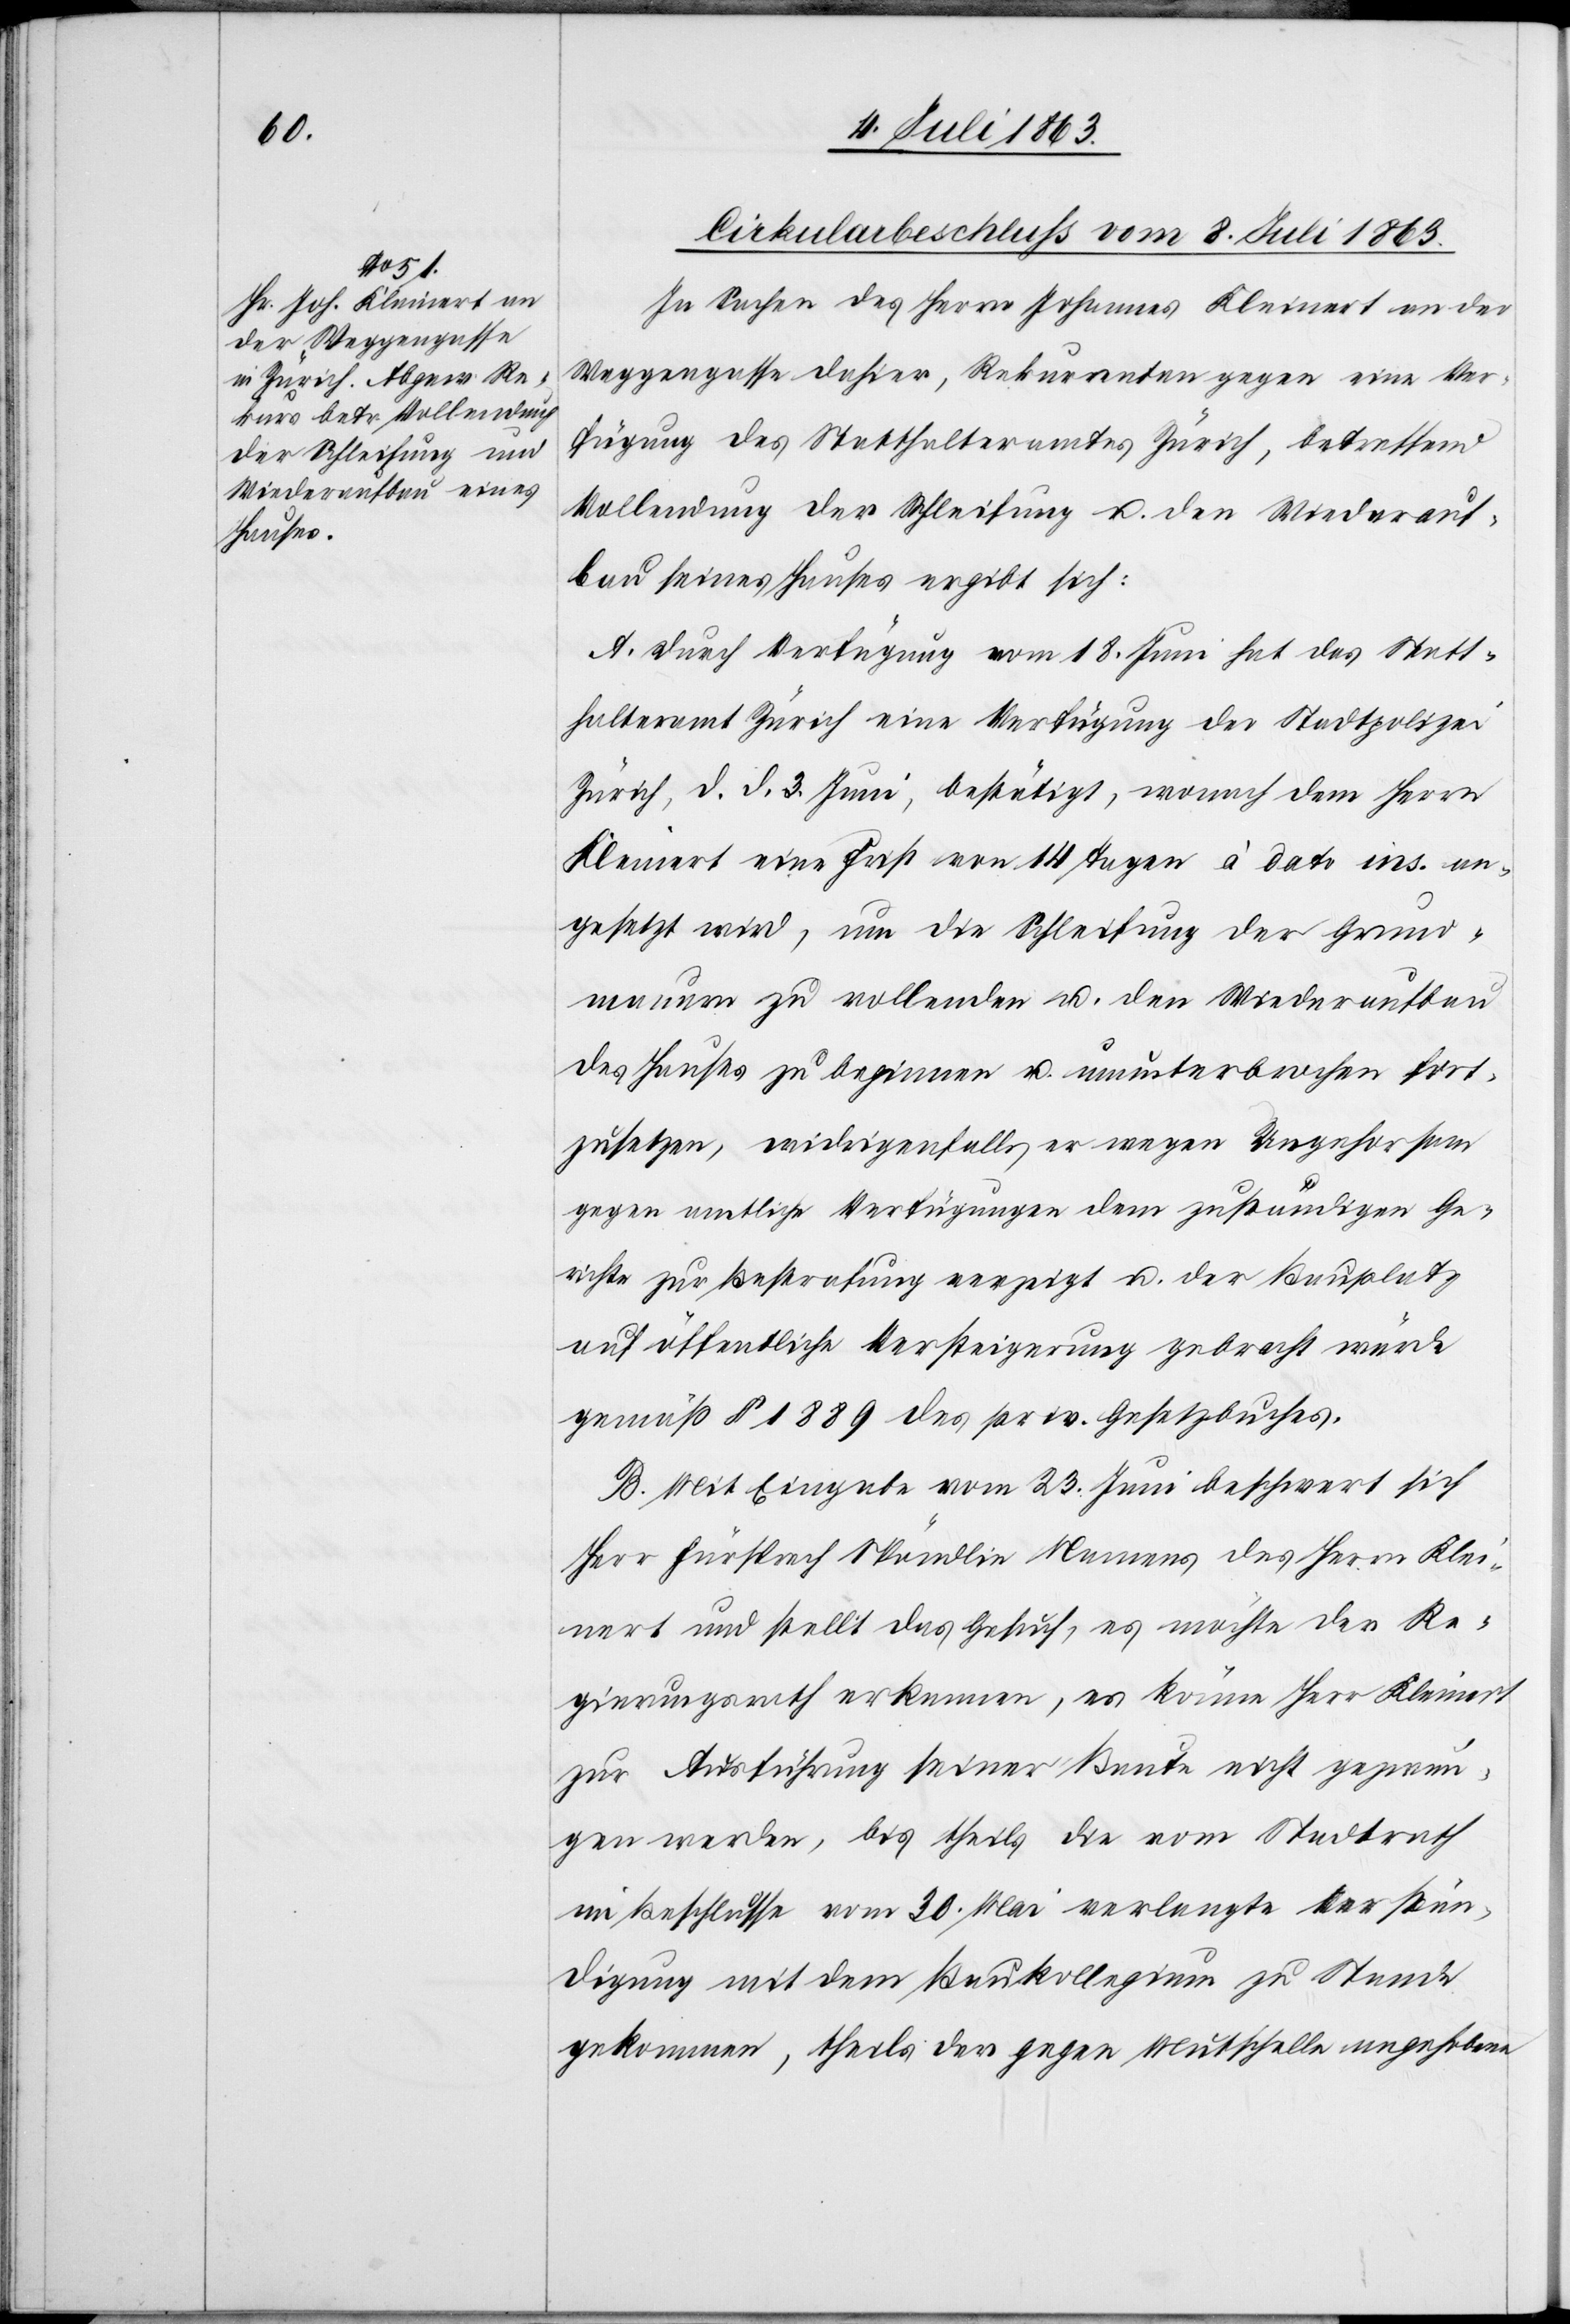
Cirkularbeschluß vom 8. Juli 1863.
In Sachen des Herrn Johannes Kleinert an der
Weggengasse dahier, Rekurrenten gegen eine Ver¬
fügung des Statthalteramtes Zürich, betreffend
Vollendung der Schleifung u. den Wiederauf¬
bau seines Hauses ergibt sich:
A. Durch Verfügung vom 18. Juni hat das Statt¬
halteramt Zürich eine Verfügung der Stadtpolizei
Zürich, d. d. 3. Juni, bestätigt, wonach dem Herrn
Kleinert eine Frist von 14 Tagen à dato ins. an¬
gesetzt wird, um die Schleifung der Grund¬
mauern zu vollenden u. den Wiederaufbau
des Hauses zu beginnen u. ununterbrochen fort¬
zusetzen, widrigenfalls er wegen Ungehorsam
gegen amtliche Verfügungen dem zuständigen Ge¬
richte zur Bestrafung verzeigt u. der Bauplatz
auf öffentliche Versteigerung gebracht würde
gemäß § 1889 des priv. Gesetzbuches.
B. Mit Eingabe vom 23. Juni beschwert sich
Herr Fürsprech Spöndlin Namens des Herrn Klei¬
nert und stellt das Gesuch, es möchte der Re¬
gierungsrath erkennen, es könne Herr Kleinert
zur Ausführung seiner Baute nicht gezwun¬
gen werden, bis theils die vom Stadtrath
im Beschlusse vom 30. Mai verlangte Verstän¬
digung mit dem Baukollegium zu Stande
gekommen, theils der gegen Mutschelle angehobene